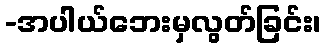
-အပါယ်ဘေးမှလွတ်ခြင်း၊